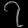
Digit: ၇